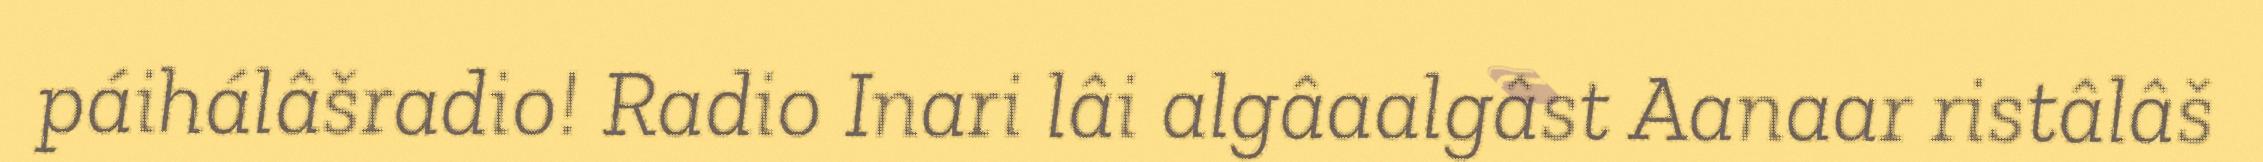
páihálâšradio! Radio Inari lâi algâaalgâst Aanaar ristâlâš